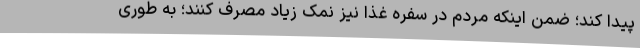
پیدا کند؛ ضمن اینکه مردم در سفره غذا نیز نمک زیاد مصرف کنند؛ به طوری